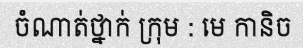
ចំណាត់ថ្នាក់ ក្រុម : មេ កានិច